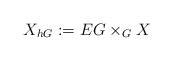
LaTeX: \begin{align*}X_{hG} := EG\times_G X\end{align*}